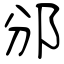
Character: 邠